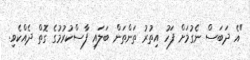
"އެ ދަބަސް ނެގުމަށް ފަހު އިތުރު ތަންތަން ބަލައި ފާސްކުރުމުގެ ގޮތް ދެއްކެވި.